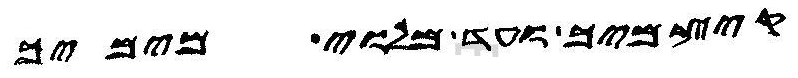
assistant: קיצמיך ועד מלוי מימיך